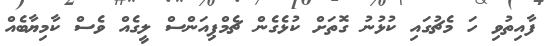
ފާއިތުވި ހަ މެޗުގައި ކުޅުނު ގޮތަށް ކުޅެގެން ޗެމްޕިއަންސް ލީގެއް ވެސް ކާމިޔާބެއް